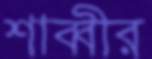
শাব্বীর